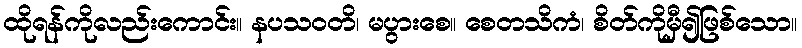
ထိုရန်ကိုလည်းကောင်း။ နပသဝတိ၊ မပွားစေ။ စေတသိကံ၊ စိတ်ကိုမှီ၍ဖြစ်သော။